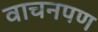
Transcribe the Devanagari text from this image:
वाचनपण